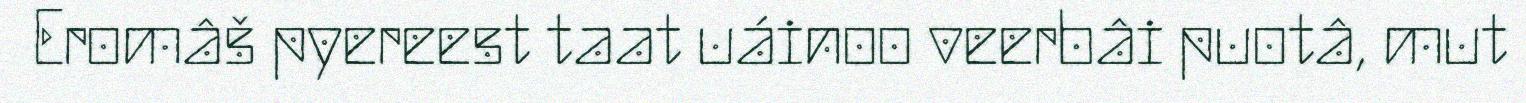
Eromâš pyereest taat uáinoo veerbâi puotâ, mut